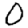
Digit: 0